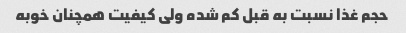
حجم غذا نسبت به قبل کم شده ولی کیفیت همچنان خوبه